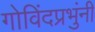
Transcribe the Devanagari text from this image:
गोविंदप्रभुंनी